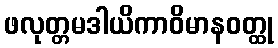
ဖလုတ္တမဒါယိကာဝိမာနဝတ္ထု